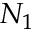
N _ { 1 }